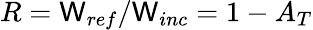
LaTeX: R=\mathsf{W}_{ref}/\mathsf{W}_{inc}=1-A_{T}